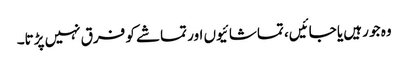
وہ جو رہیں یا جائیں، تماشائیوں اور تماشے کو فرق نہیں پڑتا۔